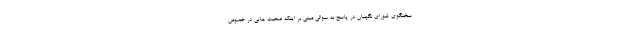
سخنگوی شورای نگهبان در پاسخ به سوالی مبنی بر اینکه صحبت هایی در خصوص